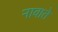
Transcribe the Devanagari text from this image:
नावाते